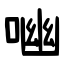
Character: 㗀